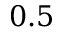
0 . 5